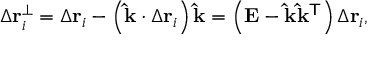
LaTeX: \Delta \mathbf { r } _ { i } ^ { \perp } = \Delta \mathbf { r } _ { i } - \left( \mathbf { \hat { k } } \cdot \Delta \mathbf { r } _ { i } \right) \mathbf { \hat { k } } = \left( \mathbf { E } - \mathbf { \hat { k } } \mathbf { \hat { k } } ^ { \mathsf { T } } \right) \Delta \mathbf { r } _ { i } ,